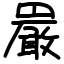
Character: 𫝝